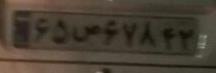
۶۵ص۶۷۸۴۲